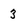
Character: 3